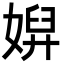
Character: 㜒